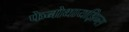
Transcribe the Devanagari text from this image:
फेनोथायझिन्स